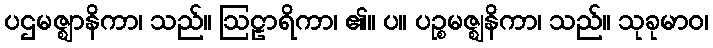
ပဌမဇ္ဈာနိကာ၊ သည်။ ဩဠာရိကာ၊ ၏။ ပ။ ပဉ္စမဇ္ဈနိကာ၊ သည်။ သုခုမာဝ၊